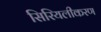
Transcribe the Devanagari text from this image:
सिरियलीकरण